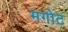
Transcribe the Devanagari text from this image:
मगोट